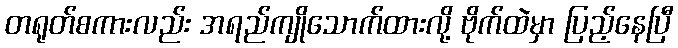
တရုတ်စကားလည်း အရည်ကျိုသောက်ထားလို့ ဗိုက်ထဲမှာ ပြည့်နေပြီ